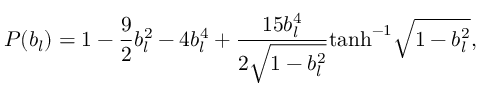
P ( b _ { l } ) = 1 - \frac { 9 } { 2 } b _ { l } ^ { 2 } - 4 b _ { l } ^ { 4 } + \frac { 1 5 b _ { l } ^ { 4 } } { 2 \sqrt { 1 - b _ { l } ^ { 2 } } } \mathrm { t a n h } ^ { - 1 } \sqrt { 1 - b _ { l } ^ { 2 } } ,